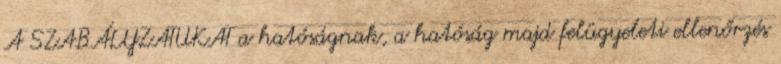
A SZABÁLYZATUKAT a hatóságnak, a hatóság majd felügyeleti ellenőrzés